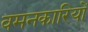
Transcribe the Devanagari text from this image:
वमनकारियों